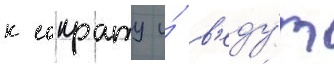
к сократу и́ в'еду́т